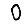
Digit: 0